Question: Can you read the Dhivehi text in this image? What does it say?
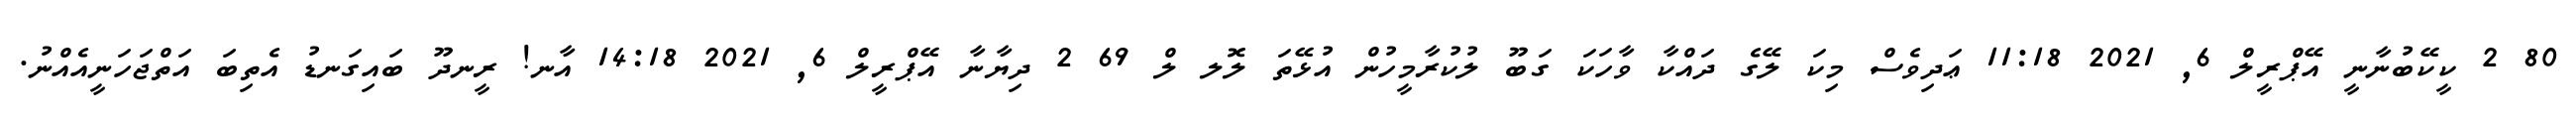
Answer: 80 2 ކީކޭބުނާނީ އޭޕްރީލް 6, 2021 11:18 ޢަދިވެސް މިކަ ލޭގެ ދައްކާ ވާހަކަ ގަބޫ ލުކުރާމީހުން އުޅޭތަ ލޮލ ލް 69 2 ދިޔާނާ އޭޕްރީލް 6, 2021 14:18 އާނ! ރީނދޫ ބައިގަނޑު އެތިބަ އަތްޖަހަނީއެއްނު.